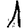
Digit: 1